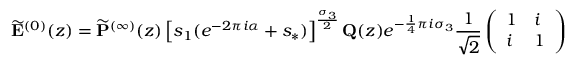
\widetilde { \mathbf { E } } ^ { ( 0 ) } ( z ) = \widetilde { \mathbf { P } } ^ { ( \infty ) } ( z ) \left[ s _ { 1 } ( e ^ { - 2 \pi i \alpha } + s _ { * } ) \right] ^ { \frac { \sigma _ { 3 } } { 2 } } \mathbf { Q } ( z ) e ^ { - \frac { 1 } { 4 } \pi i \sigma _ { 3 } } \frac { 1 } { \sqrt { 2 } } \left( \begin{array} { l l } { 1 } & { i } \\ { i } & { 1 } \end{array} \right)